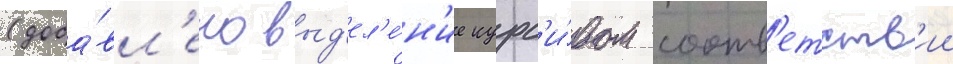
(доба́вл'ено выд'ел'е́н'ие курс'и́вом соотв'етств'ии